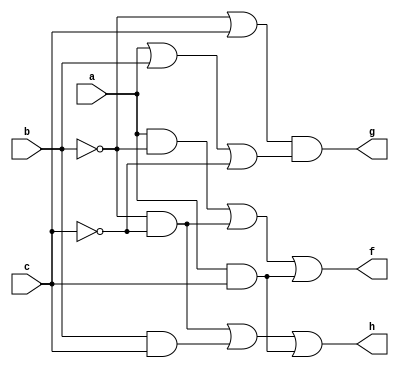
// Adarsh Chaudhary 1701CS01 Lab7 p3

module p3(f, g, h, a, b, c); //you list all inputs and outputs, by convention outputs go first
	output f, g, h; // this tells the compile which lines are inputs and outputs
	input a, b, c;
	
	not n2 (inv_b, b); // defines the inverter gate, see figure
	not n3 (inv_c, c); // defines the inverter gate, see figure
	
	and f_a1 (f_a1_o, a, inv_b); // defines the f_a1 gate, see figure
	and f_a2 (f_a2_o, inv_b, inv_c); // defines the f_a2 gate, see figure
	and f_a3 (f_a3_o, a, c); // defines the f_a3 gate, see figure
	or f_o (f, f_a1_o, f_a2_o, f_a3_o); // defines the f_o gate, see figure
	
	or g_o1 (g_o1_o, inv_b, c); // defines the g_o1 gate, see figure
	or g_o2 (g_o2_o, a, b, inv_c); // defines the g_o2 gate, see figure
	and g_a (g, g_o1_o, g_o2_o); // defines the g_a gate, see figure
	
	and h_a1 (h_a1_o, inv_b, inv_c); // defines the h_a1 gate, see figure
	and h_a2 (h_a2_o, b, c); // defines the h_a2 gate, see figure
	and h_a3 (h_a3_o, a, c); // defines the h_a3 gate, see figure
	or h_o (h, h_a1_o, h_a2_o, h_a3_o); // defines the h_o gate, see figure
endmodule